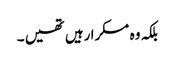
بلکہ وہ مسکرا رہیں تھیں ۔